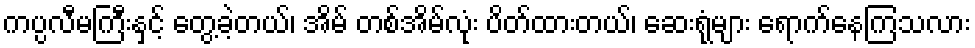
ကပ္ပလီမကြီးနှင့် တွေ့ခဲ့တယ်၊ အိမ် တစ်အိမ်လုံး ပိတ်ထားတယ်၊ ဆေးရုံများ ရောက်နေကြသလား